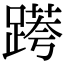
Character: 𨃖